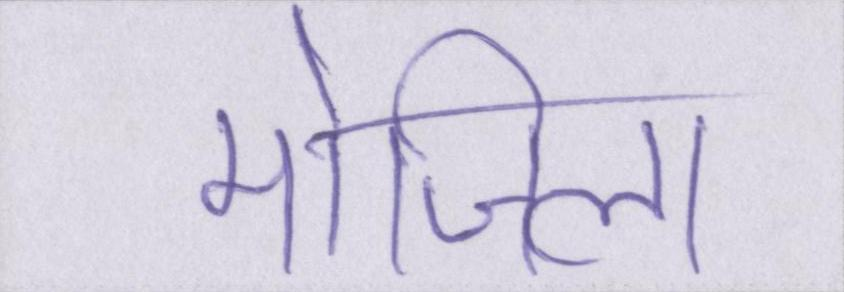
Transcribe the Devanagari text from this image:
मोजिला